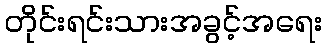
တိုင်းရင်းသားအခွင့်အရေး